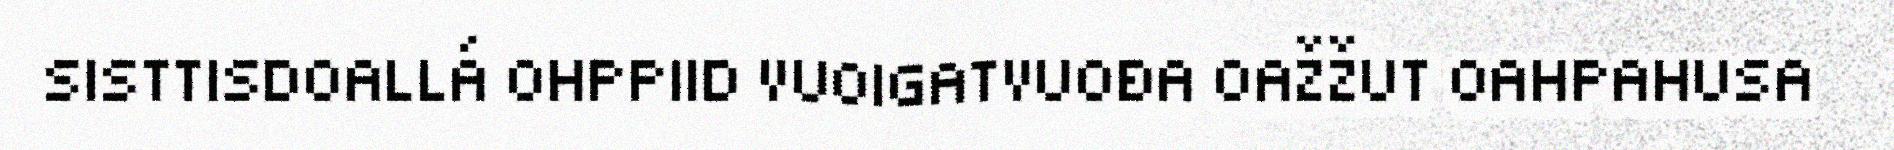
SISTTISDOALLÁ OHPPIID VUOIGATVUOĐA OAŽŽUT OAHPAHUSA